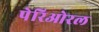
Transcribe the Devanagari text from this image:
पेरिओरल